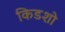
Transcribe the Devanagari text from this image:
किडशो